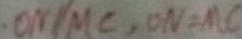
O N / / M C , O N = M C